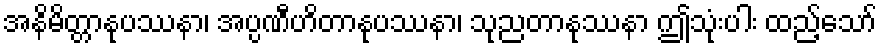
အနိမိတ္တာနုပဿနာ၊ အပ္ပဏီဟိတာနုပဿနာ၊ သုညတာနုဿနာ ဤသုံးပါး ထည့်သော်